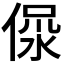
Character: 𣶚